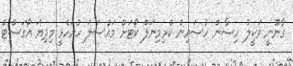
ގާނޫނީ ވަކީލު ހިސާން ހުސައިން ކްރިމިނަލް ކޯޓަށް މައްސަލަ ހުށަހެޅީ މިދިޔަ އޯގަސްޓް